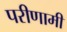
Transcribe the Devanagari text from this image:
परीणामी